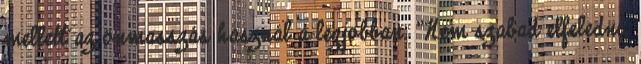
mellett az önmasszás használ a legjobban. "Nem szabad elfeledni,